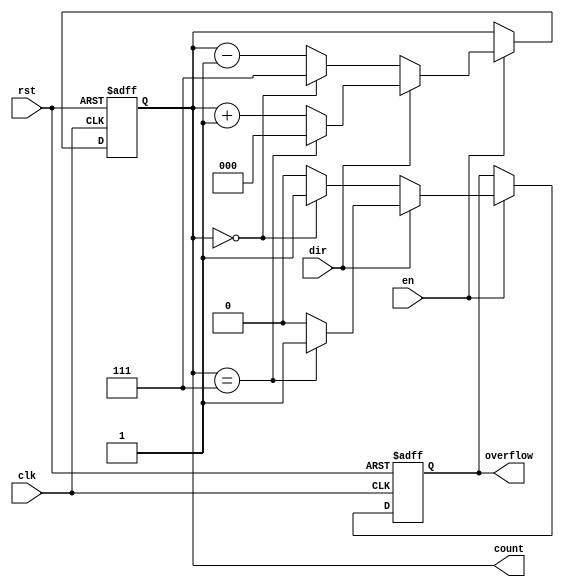
module modulus_counter #(
    parameter N = 8 // Modulus value (must be greater than 1)
)(
    input wire clk,        // Clock signal
    input wire rst,        // Asynchronous active-high reset
    input wire en,         // Enable signal for counting
    input wire dir,        // Direction signal: 0 for down, 1 for up
    output reg [clog2(N)-1:0] count, // Current count value
    output reg overflow    // Overflow signal
);

// Function to calculate log2 of a number
function integer clog2;
    input integer value;
    begin
        value = value - 1;
        for (clog2 = 0; value > 0; clog2 = clog2 + 1)
            value = value >> 1;
    end
endfunction

// Always block for counter operation
always @(posedge clk or posedge rst) begin
    if (rst) begin
        count <= 0;           // Reset count to 0
        overflow <= 0;        // Clear overflow
    end else if (en) begin
        overflow <= 0;        // Clear overflow on each count
        if (dir) begin        // Counting up
            if (count == N-1) begin
                count <= 0;   // Reset to 0 if reaching N
                overflow <= 1; // Set overflow signal
            end else begin
                count <= count + 1; // Increment count
            end
        end else begin        // Counting down
            if (count == 0) begin
                count <= N - 1; // Wrap around to N-1
                overflow <= 1;   // Set overflow signal
            end else begin
                count <= count - 1; // Decrement count
            end
        end
    end
end

endmodule